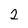
Character: 2